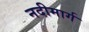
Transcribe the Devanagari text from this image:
नदीमार्ग